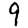
Digit: 9